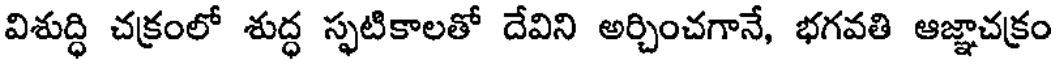
విశుద్ధి చక్రంలో శుద్ధ స్ఫటికాలతో దేవిని అర్చించగానే, భగవతి ఆజ్ఞాచక్రం